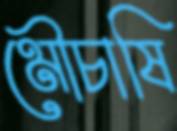
মৌচাষি